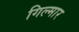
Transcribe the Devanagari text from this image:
गिल्मार